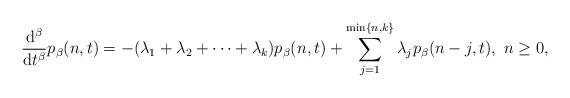
LaTeX: \begin{align*}\frac{\mathrm{d}^{\beta}}{\mathrm{d}t^{\beta}}p_{\beta}(n,t)=-(\lambda_{1}+\lambda_{2}+\dots+\lambda_{k})p_{\beta}(n,t)+\sum_{j=1}^{\min\{n,k\}}\lambda_{j}p_{\beta}(n-j,t),\ n\ge0,\end{align*}